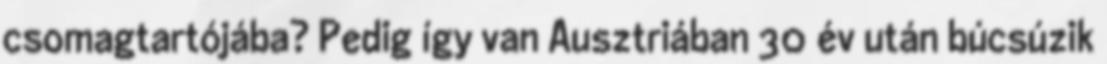
csomagtartójába? Pedig így van Ausztriában 30 év után búcsúzik